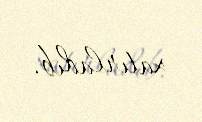
xatırladıb.